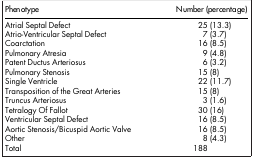
| Phenotype | Number (percentage) |
 | --- | --- |
 | Atrial Septal Defect | 25 (13.3) |
 | Atrio-Ventricular Septal Defect | 7 (3.7) |
 | Coarctation | 16 (8.5) |
 | Pulmonary Atresia | 9 (4.8) |
 | Patent Ductus Arteriosus | 6 (3.2) |
 | Pulmonary Stenosis | 15 (8) |
 | Single Ventricle | 22 (11.7) |
 | Transposition of the Great Arteries | 15 (8) |
 | Truncus Arteriosus | 3 (1.6) |
 | Tetralogy Of Fallot | 30 (16) |
 | Ventricular Septal Defect | 16 (8.5) |
 | Aortic Stenosis/Bicuspid Aortic Valve | 16 (8.5) |
 | Other | 8 (4.3) |
 | Total | 188 |